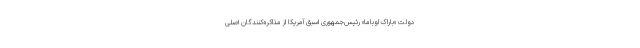
دولت «باراک اوباما» رئیس‌جمهوری اسبق آمریکا از مذاکره‌کنندگان اصلی